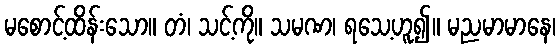
မစောင့်ထိန်းသော။ တံ၊ သင့်ကို။ သမဏ၊ ရသေ့ဟူ၍။ မညမာမာနေ၊